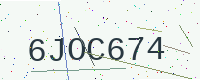
Text: 6JOC674